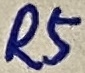
Text: R5